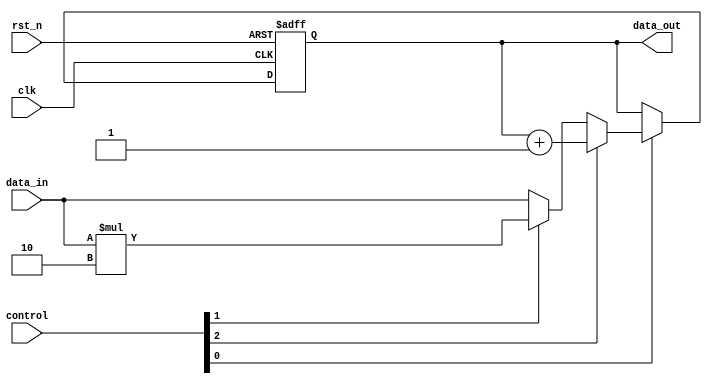
module stavka_c (
    rst_n, clk, data_in, control, data_out
);

    input rst_n, clk;
    input [3:0] data_in;
    input [2:0] control;

    output [3:0] data_out;

    reg [3:0] data_out_reg;
    reg [3:0] data_out_next;
    assign data_out = data_out_reg;

    always @(posedge clk, negedge rst_n) begin
        if(!rst_n)
            data_out_reg <= 4'h0;
        else
            data_out_reg <= data_out_next;            
    end

    reg enable;
    reg double;
    reg operation;
     
    reg [3:0] temporary_operand;
    always @(*) begin
        data_out_next = data_out_reg;
        enable = control[0];
        double = control[1];
        operation = control[2];

        if(enable == 1'b1) begin

            if(operation == 1'b1)
                data_out_next = data_out_reg + 1;
            else begin

                temporary_operand = data_in;
                if (double == 1'b1) 
                    temporary_operand = temporary_operand * 2;
                // else - temporary operand remains data_in
                
                data_out_next = temporary_operand;

            end
        end
        // else - no change of out register


    end

endmodule